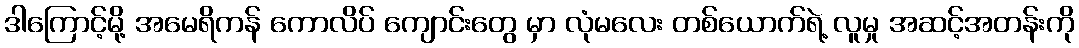
ဒါကြောင့်မို့ အမေရိကန် ကောလိပ် ကျောင်းတွေ မှာ လုံမလေး တစ်ယောက်ရဲ့ လူမှု အဆင့်အတန်းကို